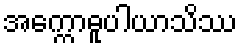
အက္ကောဓူပါယာသိဿ